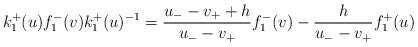
LaTeX: \begin{align*}k_{1}^{+}(u)f_{1}^{-}(v)k_{1}^{+}(u)^{-1}=\frac{u_{-}-v_{+}+h}{u_{-}-v_{+}}f_{1}^{-}(v)-\frac{h}{u_{-}-v_{+}}f_{1}^{+}(u)\end{align*}